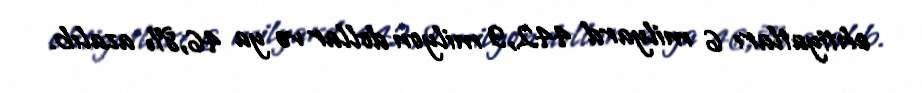
ehtiyatları 6 milyard 442,9 milyon dollar və ya 46,8% azalıb.